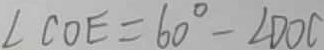
\angle C O E = 6 0 ^ { \circ } - \angle D O C